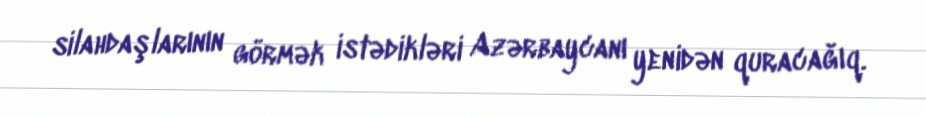
silahdaşlarının görmək istədikləri Azərbaycanı yenidən quracağıq.